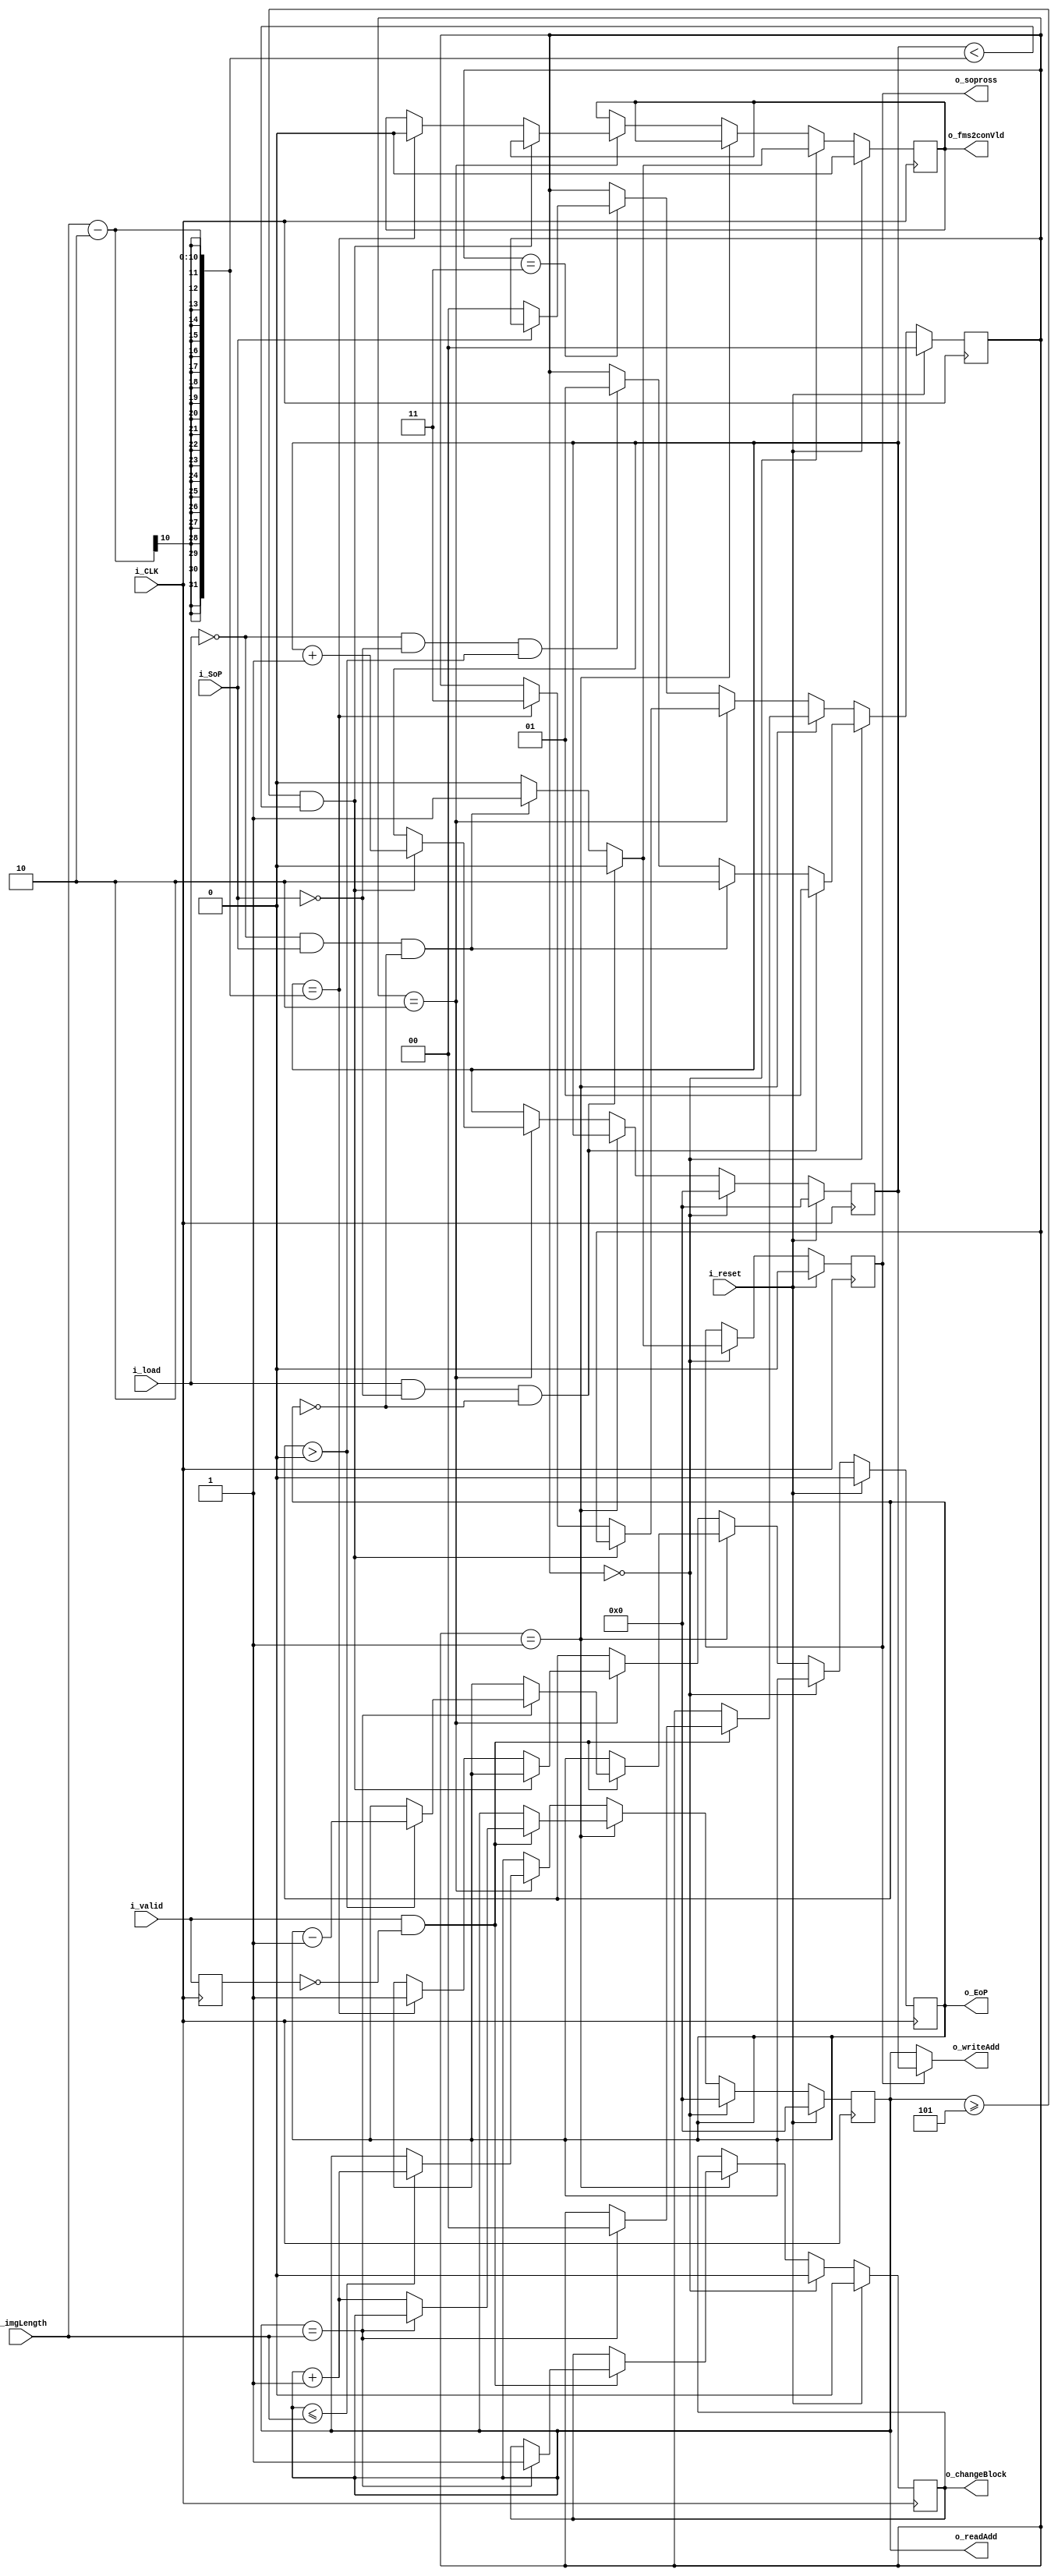
// This program was cloned from: https://github.com/ivanvig/2dconv-FPGA
// License: MIT License

`timescale 1ns / 1ps

`define NB_ADDRESS      10
`define NB_IMAGE        10
`define NB_STATES       2
`define N_CONV          1
`define LATENCIA        5
module Fsmv#(
    parameter NB_ADDRESS= `NB_ADDRESS,
    parameter NB_IMAGE  = `NB_IMAGE,
    parameter NB_STATES = `NB_STATES,
    parameter  N_CONV   = `N_CONV,
    parameter  LATENCIA = `LATENCIA
    )(
    //Definicion de puertos
    output [NB_ADDRESS-1:0]  o_writeAdd,
    output [NB_ADDRESS-1:0]  o_readAdd,
    output                   o_EoP,
    output                   o_sopross,
    output                   o_changeBlock,
    output                   o_fms2conVld,
    input  [NB_IMAGE-1:0]    i_imgLength,
    input                    i_CLK,
    input                    i_reset,
    input                    i_SoP,
    input                    i_valid,
    input                    i_load
    );
    //Latcheo de salidas 
    reg [NB_ADDRESS-1:0]                     counterAdd;
    reg [NB_ADDRESS-1:0]           counter_with_latency;
    reg [NB_IMAGE-1:0]					      imgHeight;
    reg [N_CONV-1:0]                       endOfProcess;
    //registro utulizado para el estado de carga a las memoriras
    reg                                   beginigProcess; 
    reg                                     changeBlock;
    reg                                      sopControl;
    reg                            valid_previous_state;
    //registro utilizado para el valid de convolucionador
    reg                                      fms2conVld;
    //Ni bien se crean los registros, toman esos valores.
    reg [NB_STATES-1:0]  states;

    reg                  w_eop;                 
    integer nconv;

    initial begin
        counterAdd              = `NB_ADDRESS'd0;
        counter_with_latency    = `NB_ADDRESS'd0;
        imgHeight               = `NB_ADDRESS'd0;
        endOfProcess            = `N_CONV'd0;
        changeBlock             = 1'b0;
        sopControl              = 1'b0;
        beginigProcess		    = 1'b0;
        valid_previous_state    = 1'b0;
        fms2conVld              = 1'b0;
        states                  = `NB_STATES'd0;
    end        
    
    always @(posedge i_CLK) begin  
      	valid_previous_state<=i_valid;
      	if(i_reset)begin
        	counterAdd           <= `NB_ADDRESS'd0;
        	counter_with_latency <= `NB_ADDRESS'd0;
        	endOfProcess         <= `N_CONV'd0;
        	changeBlock          <= 1'b0;
        	sopControl           <= 1'b0;
        	beginigProcess		 <= 1'b0;
        	imgHeight			 <= i_imgLength;
            fms2conVld           <= 1'b0;
            states               <= `NB_STATES'd0;
      	end
      	else begin
            imgHeight <= imgHeight;
            if(states == 2'b00) begin
                counter_with_latency  <= `NB_ADDRESS'd0;
                counterAdd            <= `NB_ADDRESS'd0;
                changeBlock           <= 1'b0;
                imgHeight             <= imgHeight;
                if(i_load && ~i_SoP && endOfProcess==0) begin
                    //estado de carga
                    states          <= 2'b01;
                    beginigProcess  <= 1'b1;
                    sopControl      <= 1'b0;
                    fms2conVld      <= 1'b0;
                end
                else if(~i_load  && i_SoP && endOfProcess==0) begin
                    //estado de procesamiento
                    states <= 2'b10;
                    beginigProcess  <= 1'b0;
                    sopControl      <= 1'b1;
                    fms2conVld      <= 1'b1;
                end
                else if(~i_load && ~i_SoP && endOfProcess>0)begin
                    //estado de lectura
                    states          <= 2'b01;
                    beginigProcess  <= 1'b0;
                    sopControl      <= 1'b0;
                    fms2conVld      <= 1'b0;
                end
                else begin
                    states          <= states;
                    beginigProcess  <= 1'b0;
                    sopControl      <= 1'b0;
                    fms2conVld      <= 1'b0;
                end
            end
            else if(states == 2'b01)begin
                //Manejo de direcciones en funcin del valid
                if (i_valid && !valid_previous_state) begin 
                    //Verificacin si termino de leer/cargar un bloque
                    if (counterAdd==i_imgLength)begin
                        counterAdd      <= counterAdd;
                        changeBlock     <= 1'b1;
                        states          <= 2'b00;
                        if(endOfProcess > 0) endOfProcess <= endOfProcess-1;
                        else if(beginigProcess>=2'b01) beginigProcess <= 1'b0;
                        else begin
                            endOfProcess      <= endOfProcess;
                            beginigProcess    <= beginigProcess; 
                        end 
                    end
                    else begin
                        counterAdd      <= counterAdd+1;
                        changeBlock     <= changeBlock;
                        endOfProcess    <= endOfProcess;
                        beginigProcess  <= beginigProcess;
                        states          <= states; 
                    end
                end 
                else 
                    counterAdd   <= counterAdd;
            end
            else if(states == 2'b10) begin
                beginigProcess <= beginigProcess;
                
                if(counterAdd <= i_imgLength)  
                    counterAdd   <= counterAdd+1;
                else 
                    counterAdd   <= counterAdd;
                //Shifteo para el write address, teniendo en cuenta la latencia.
                if(counterAdd>=LATENCIA && counter_with_latency < i_imgLength-2) begin
                    counter_with_latency    <= counter_with_latency +1;
                    endOfProcess            <= endOfProcess;
                    fms2conVld              <= fms2conVld;
                    states                  <= states;
                end
                else if(counter_with_latency == i_imgLength-2)begin 
                    //si se llega la tamao de la imagen reseteo los contadores 
                    counter_with_latency    <= counter_with_latency;
                    fms2conVld              <= 1'b0;
                    endOfProcess            <= N_CONV;
                    states                  <= 2'b11;
                end
                else begin
                    counter_with_latency    <= counter_with_latency;
                    endOfProcess            <= endOfProcess;
                    fms2conVld              <= fms2conVld;
                    states                  <= states;
                    end
            end
        	else if(states == 2'b11)begin
                if (~i_SoP) 
                    states   <= 2'b00;
                else 
                    states <= states;  
            end
        end 
    end 
    //end always

    always @(*) begin
        w_eop = 0;
        for(nconv=0; nconv<N_CONV; nconv = nconv +1)
            w_eop = w_eop | endOfProcess[nconv];
    end

     //Assign          
    assign     {o_writeAdd} =  (sopControl) ? counter_with_latency:counterAdd;//counterAdd;
    assign     {o_readAdd}  =  counterAdd;
    assign          {o_EoP} =  w_eop;
    assign  {o_changeBlock} =  changeBlock;
    assign  o_fms2conVld    = fms2conVld;
    assign  o_sopross       = sopControl;

endmodule